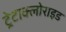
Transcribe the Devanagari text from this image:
ट्रेटाक्लोराइड